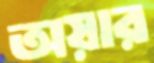
অয়ার